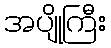
အပျိုကြီး